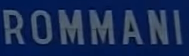
ROMMANI